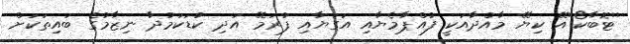
''ޓޮބާކޯ''އޭ ކިޔޭ މާއްދާއަކީ ފުައްޕާމެޔާއި އަގަޔާއި ފުރަމޭ އަދި ކުޑަކަމުދާ ނިޒާމުގެ ބައިތަކަށް